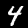
Label: 4